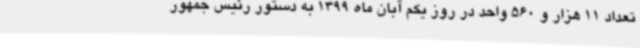
تعداد 11 هزار و 560 واحد در روز یکم آبان ماه 1399 به دستور رئیس جمهور